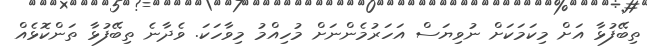
ތިބޭފުޅާ އަށް މިކަމަކަށް ނުވިޔަސް އަހަރުމެންނަށް މުހިއްމު މިވާހަކަ. ވެދާނެ ތިބޭފުޅާ ތަންކޮޅެއް